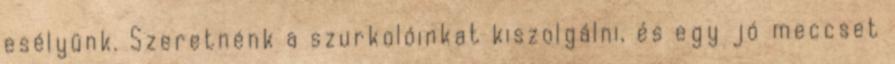
esélyünk. Szeretnénk a szurkolóinkat kiszolgálni, és egy jó meccset